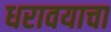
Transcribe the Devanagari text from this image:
धरावयाचा